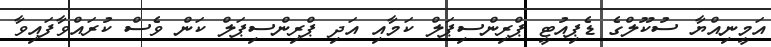
އަމީނިއްޔާ ސުކޫލްގެ ޑެޕިއުޓީ ޕްރިންސިޕަލް ކަމާއި އަދި ޕްރިންސިޕަލް ކަން ވެސް ކުރައްވާފައިވާ